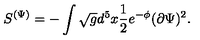
S ^ { ( \Psi ) } = - \int \sqrt { g } d ^ { 5 } x \frac { 1 } { 2 } e ^ { - \phi } ( \partial \Psi ) ^ { 2 } .